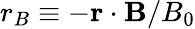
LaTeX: r_{B}\equiv-\mathbf{r}\cdot\mathbf{B}/B_{0}